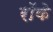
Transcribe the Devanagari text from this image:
रॉके